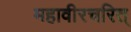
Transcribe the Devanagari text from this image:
महावीरचरित्